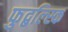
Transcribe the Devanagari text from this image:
फुद्बल्स्कि